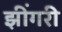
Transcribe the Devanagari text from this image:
झींगरी